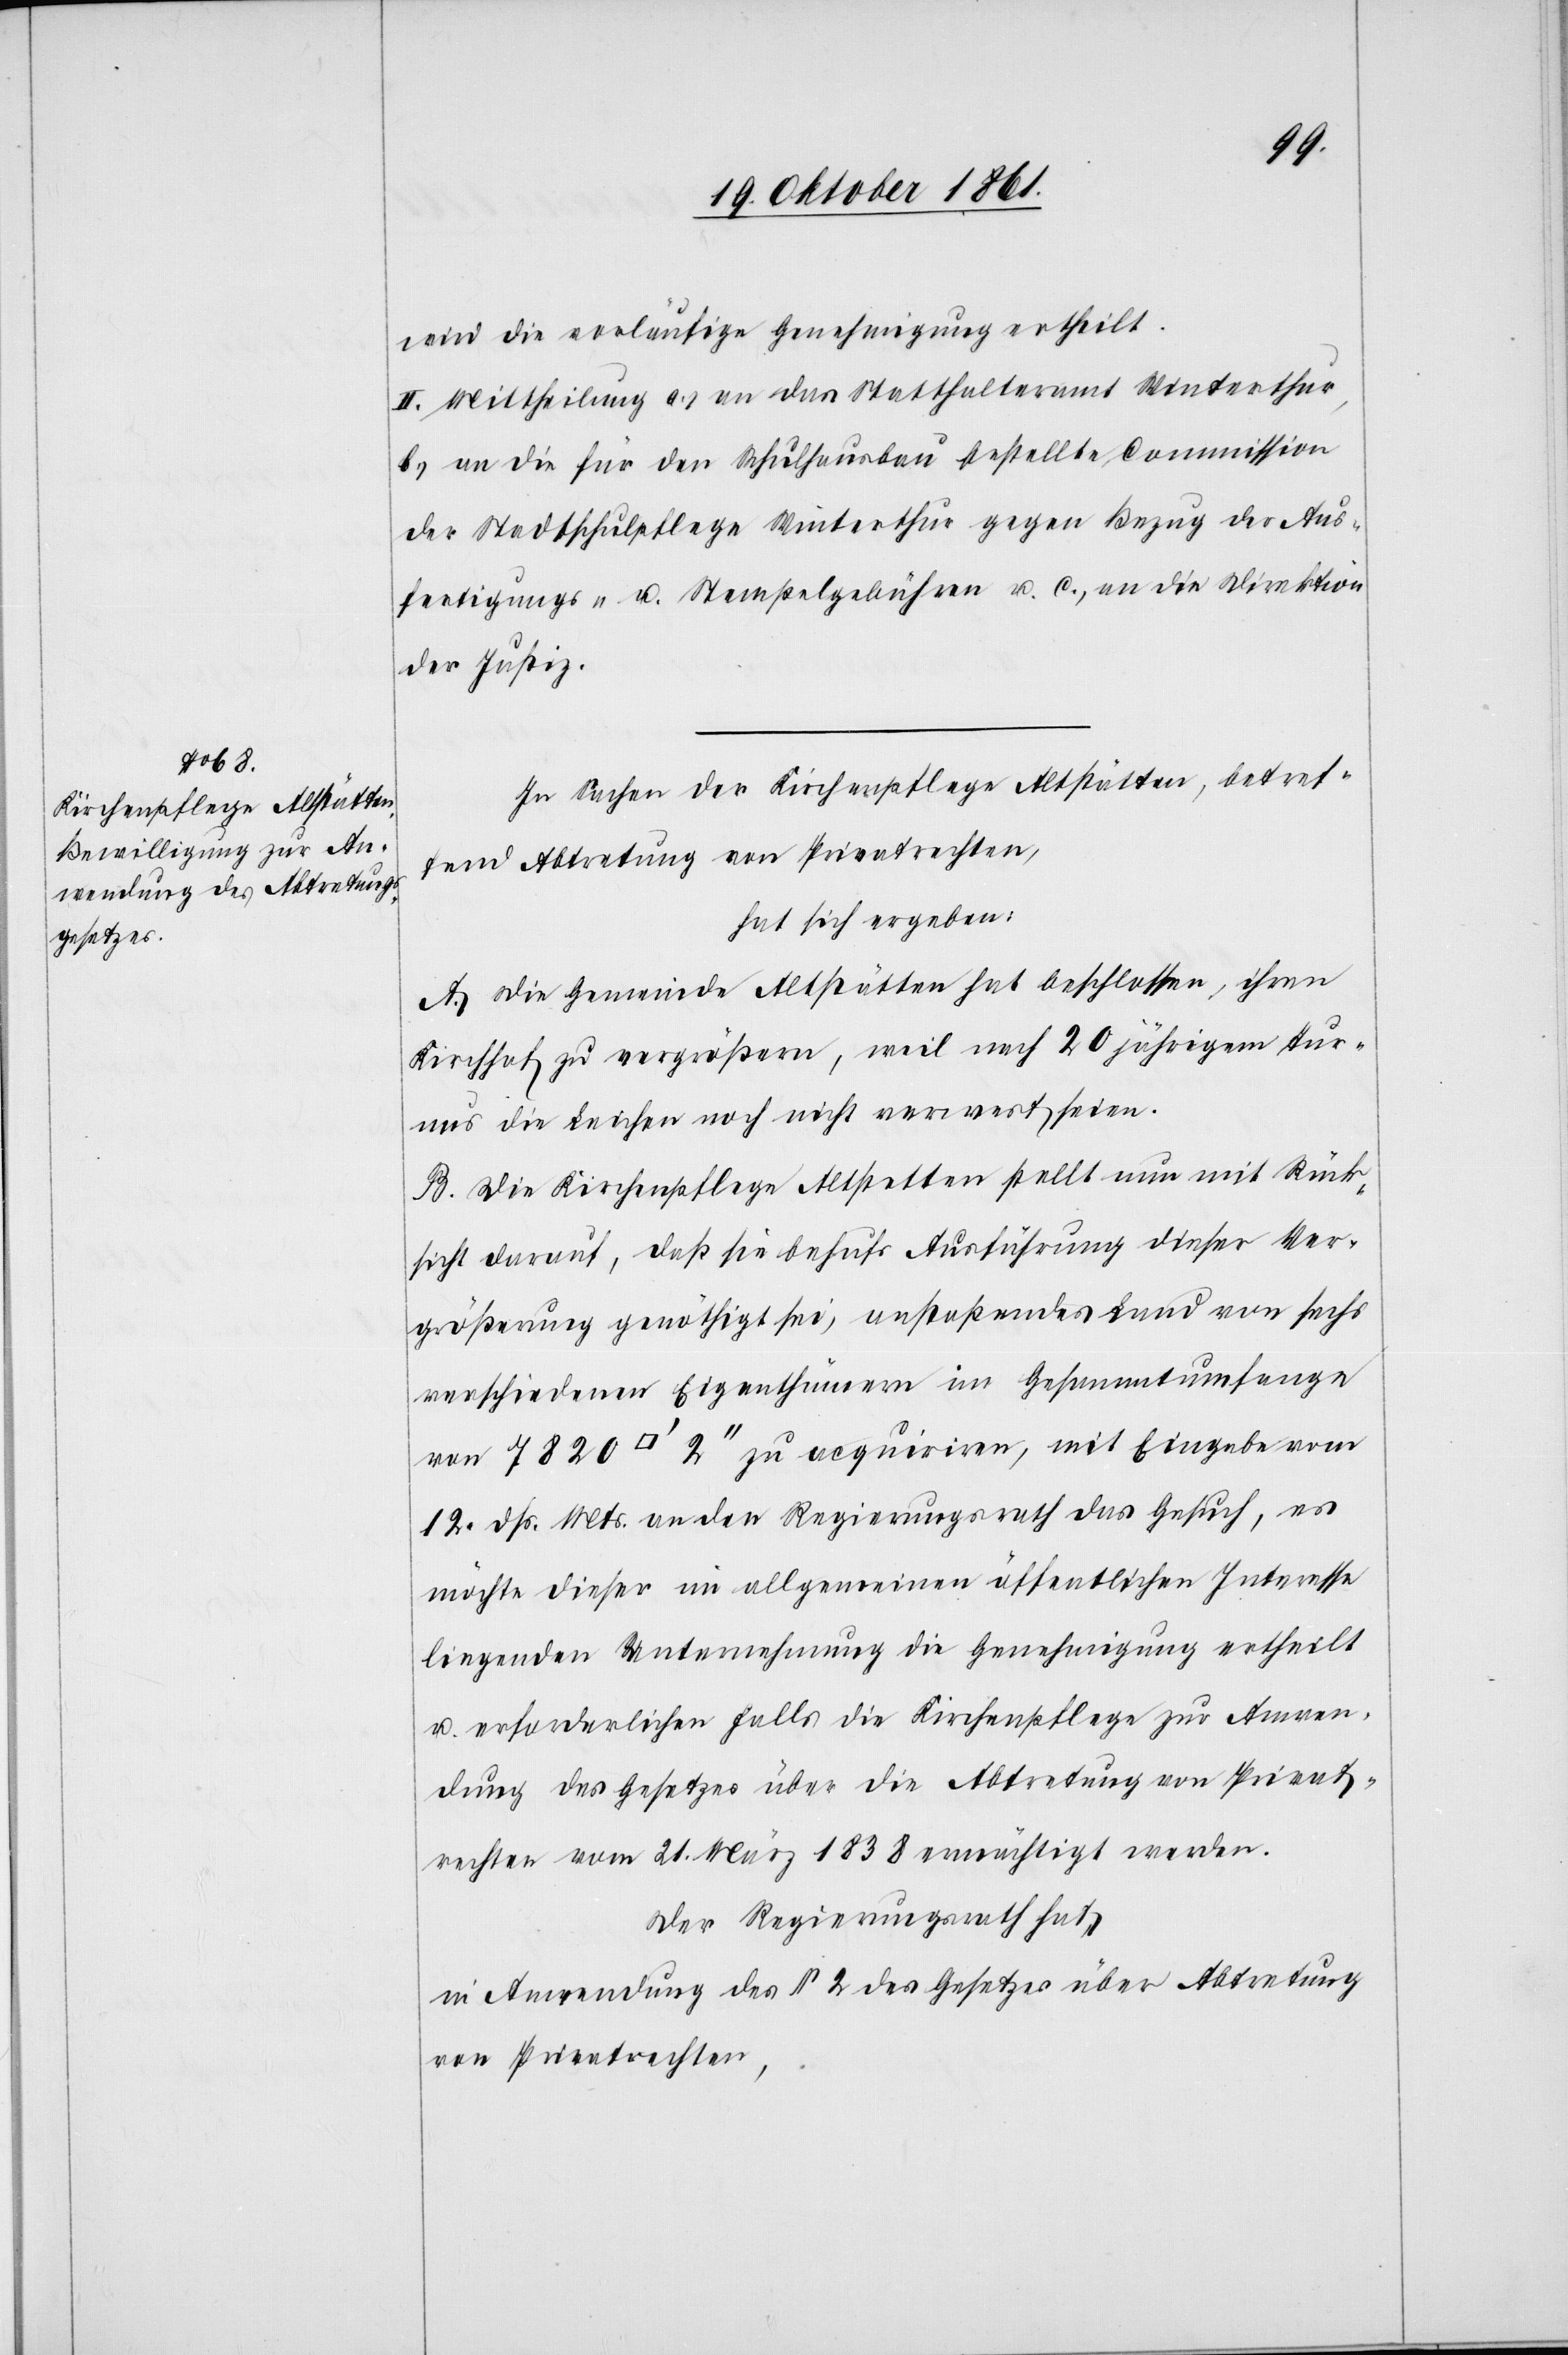
wird die vorläufige Genehmigung ertheilt.
II. Mittheilung a) an das Statthalteramt Winterthur,
b) an die für den Schulhausbau bestellte Commission
der Stadtschulpflege Winterthur gegen Bezug der Aus¬
fertigungs- u. Stempelgebühren u. c), an die Direktion
der Justiz.
In Sachen der Kirchenpflege Altstätten, betref¬
fend Abtretung von Privatrechten,
hat sich ergeben:
A. Die Gemeinde Altstätten hat beschlossen, ihren
Kirchenhof zu vergrößern, weil nach 20 jährigem Tur¬
nus die Leichen noch nicht verwest seien.
B. Die Kirchenpflege Altstetten [sic!] stellt nun mit Rück¬
sicht darauf, daß sie behufs Ausführung dieser Ver¬
größerung genöthigt sei, anstoßendes Land von sechs
verschiedenen Eigenthümern im Gesammtumfange
12 dß. Mts. an den Regierungsrath das Gesuch, es
möchte dieser im allgemeinen öffentlichen Interesse
liegenden Unternehmung die Genehmigung ertheilt
u. erforderlichen Falls die Kirchenpflege zu Anwen¬
dung des Gesetzes über die Abtretung von Privat¬
rechten vom 21 März 1838 ermächtigt werden.
Der Regierungsrath hat,
in Anwendung des § 2 des Gesetzes über Abtretung
von Privatrechten,